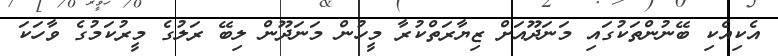
އެކިއެކި ބޭނުންތަކުގައި މަނަދޫއަށް ޒިޔާރަތްކުރާ މީހުން މަނަދޫން ލިބޭ ރަލުގެ މީރުކަމުގެ ވާހަކަ